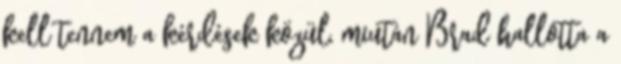
kell tennem a kérdések közül, miután Brad hallotta a